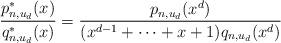
LaTeX: \begin{align*} \frac{p^*_{n,u_d}(x)}{q^*_{n,u_d}(x)} =\frac{p_{n,u_d}(x^d)}{(x^{d-1}+\cdots+x+1)q_{n,u_d}(x^d)}\end{align*}